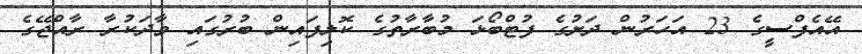
އޭއެފްސީގެ 23 އަހަރުން ދަށުގެ ފުޓްބޯޅަ މުބާރާތުގެ ކޮލިފައިން ބުރުގައި ވާދަކުރާ ރާއްޖޭގެ